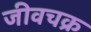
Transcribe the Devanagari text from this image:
जीवचक्र